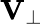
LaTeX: {\mathbf V}_{\perp}